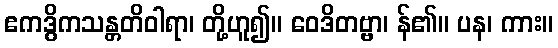
ဧကဒွိကသန္တတိဝါရာ၊ တို့ဟူ၍။ ဝေဒိတဗ္ဗာ၊ န်၏။ ပန၊ ကား။